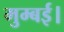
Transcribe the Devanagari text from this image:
मुम्बई।